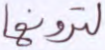
لترونها